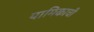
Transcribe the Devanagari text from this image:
यामिकाची